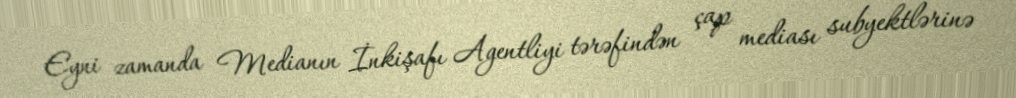
Eyni zamanda Medianın İnkişafı Agentliyi tərəfindən çap mediası subyektlərinə